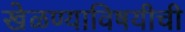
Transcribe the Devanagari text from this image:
खेळण्याविषयीची